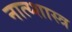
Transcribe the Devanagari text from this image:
नात्य्शास्त्र